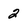
Character: 2